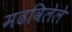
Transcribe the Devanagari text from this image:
मढविलेले